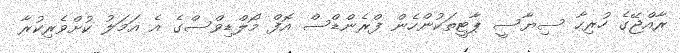
ރާއްޖޭގެ ހުރިހާ ސިޔާސީ ޕާޓީތަކުންހެން ފްރެންޑްސް އޮފް މޯލްޑިވްސްގެ އެ އަމަލު ކުށްވެރިކުރާ